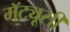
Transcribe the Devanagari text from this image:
मॅट्यूसी